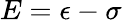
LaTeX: E=\epsilon-\sigma